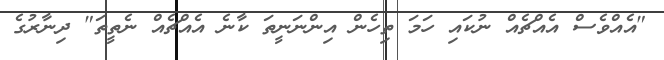
"އެއްވެސް އެއްޗެއް ނުކައި ހަމަ ތިހެން އިންނަނީތަ ކާނެ އެއްޗެއް ނެތީތަ" ދިނާރުގެ